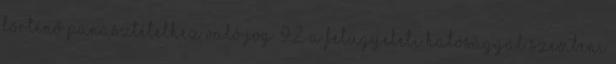
történő panasztételhez való jog. 9.2. A felügyeleti hatósággal szembeni